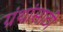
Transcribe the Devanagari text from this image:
ग्रंथांसाठी